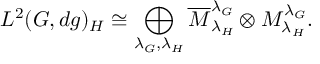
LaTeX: L ^ { 2 } ( G , d g ) _ { H } \cong \bigoplus _ { \lambda _ { G } , \lambda _ { H } } \overline { { { M } } } _ { \lambda _ { H } } ^ { \lambda _ { G } } \otimes M _ { \lambda _ { H } } ^ { \lambda _ { G } } .